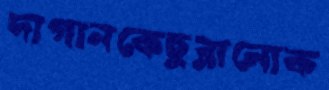
দাগানকেছুব্‌লানোক